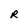
Character: R